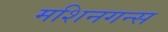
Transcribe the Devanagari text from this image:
मशिनगन्स